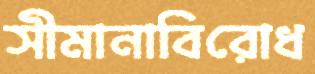
সীমানাবিরোধ